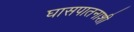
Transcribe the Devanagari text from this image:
घासपातनाशी